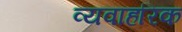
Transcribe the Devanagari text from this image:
व्यवाहरिक